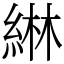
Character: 綝